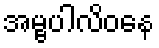
အမ္ဗပါလိဝနေ